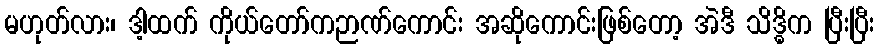
မဟုတ်လား၊ ဒါ့ထက် ကိုယ်တော်ကဉာဏ်ကောင်း အဆိုကောင်းဖြစ်တော့ အဲဒီ သိဒ္ဓိက ပြီးပြီး